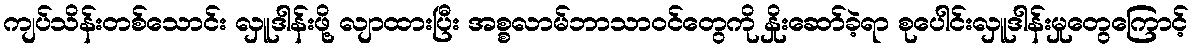
ကျပ်သိန်းတစ်သောင်း လှူဒါန်းဖို့ လျာထားပြီး အစ္စလာမ်ဘာသာဝင်တွေကို နှိုးဆော်ခဲ့ရာ စုပေါင်းလှူဒါန်းမှုတွေကြောင့်